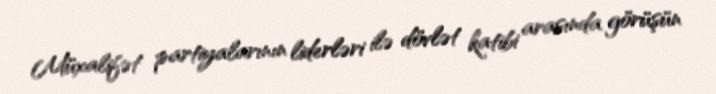
Müxalifət partiyalarının liderləri ilə dövlət katibi arasında görüşün